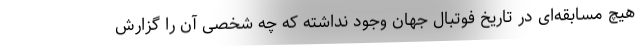
هیچ مسابقه‌ای در تاریخ فوتبال جهان وجود نداشته که چه شخصی آن را گزارش